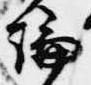
論